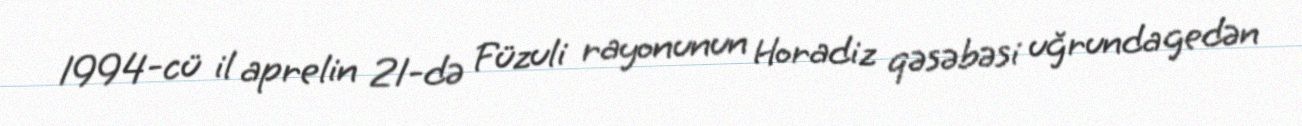
1994-cü il aprelin 21-də Füzuli rayonunun Horadiz qəsəbəsi uğrunda gedən